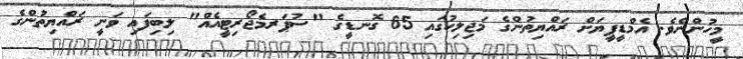
މީހުންނެވެ. އެމްޑީޕީޔަށް ރައްޔިތުންގެ މަޖިލިހުގައި 65 ގޮނޑީގެ "ސުޕަރމެޖޯރިޓީއެއް" ލިބިފައި ވަނީ ރައްޔިތުންގެ